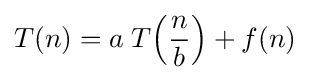
T(n)=a\;T\!\left({\frac {n}{b}}\right)+f(n)